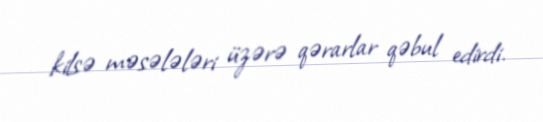
kilsə məsələləri üzərə qərarlar qəbul edirdi.